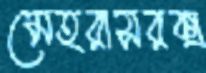
মেহরাসরক্স